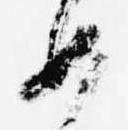
如